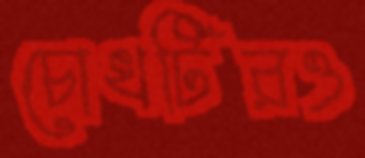
চোখটিরও